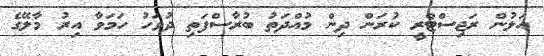
އަލުން ރަޖިސްޓްރީ ކުރަން ދިން މުއްދަތު ބުރާސްފަތި ދުވަހު ހަމަވާ އިރު މާލޭގެ